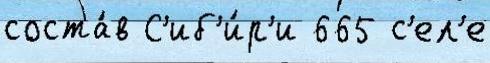
соста́в С'иб'и́р'и 665 с'ел'е